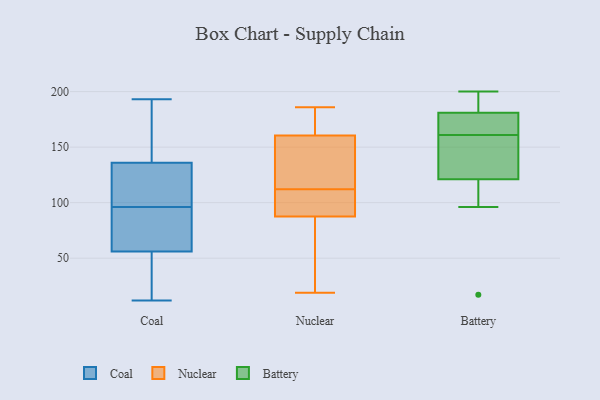
{"axis": {"x": "Page Views", "y": "Value"}, "legend": ["Battery", "Coal", "Nuclear"], "data": [{"x": "", "y": 110, "type": "Coal"}, {"x": "", "y": 193, "type": "Coal"}, {"x": "", "y": 161, "type": "Coal"}, {"x": "", "y": 35, "type": "Coal"}, {"x": "", "y": 64, "type": "Coal"}, {"x": "", "y": 156, "type": "Coal"}, {"x": "", "y": 128, "type": "Coal"}, {"x": "", "y": 64, "type": "Coal"}, {"x": "", "y": 41, "type": "Coal"}, {"x": "", "y": 104, "type": "Coal"}, {"x": "", "y": 119, "type": "Coal"}, {"x": "", "y": 59, "type": "Coal"}, {"x": "", "y": 12, "type": "Coal"}, {"x": "", "y": 53, "type": "Coal"}, {"x": "", "y": 18, "type": "Coal"}, {"x": "", "y": 77, "type": "Coal"}, {"x": "", "y": 89, "type": "Coal"}, {"x": "", "y": 144, "type": "Coal"}, {"x": "", "y": 161, "type": "Coal"}, {"x": "", "y": 103, "type": "Coal"}, {"x": "", "y": 87, "type": "Nuclear"}, {"x": "", "y": 88, "type": "Nuclear"}, {"x": "", "y": 109, "type": "Nuclear"}, {"x": "", "y": 115, "type": "Nuclear"}, {"x": "", "y": 19, "type": "Nuclear"}, {"x": "", "y": 127, "type": "Nuclear"}, {"x": "", "y": 88, "type": "Nuclear"}, {"x": "", "y": 154, "type": "Nuclear"}, {"x": "", "y": 55, "type": "Nuclear"}, {"x": "", "y": 123, "type": "Nuclear"}, {"x": "", "y": 167, "type": "Nuclear"}, {"x": "", "y": 175, "type": "Nuclear"}, {"x": "", "y": 182, "type": "Nuclear"}, {"x": "", "y": 90, "type": "Nuclear"}, {"x": "", "y": 186, "type": "Nuclear"}, {"x": "", "y": 41, "type": "Nuclear"}, {"x": "", "y": 142, "type": "Battery"}, {"x": "", "y": 200, "type": "Battery"}, {"x": "", "y": 161, "type": "Battery"}, {"x": "", "y": 120, "type": "Battery"}, {"x": "", "y": 178, "type": "Battery"}, {"x": "", "y": 128, "type": "Battery"}, {"x": "", "y": 149, "type": "Battery"}, {"x": "", "y": 182, "type": "Battery"}, {"x": "", "y": 105, "type": "Battery"}, {"x": "", "y": 174, "type": "Battery"}, {"x": "", "y": 199, "type": "Battery"}, {"x": "", "y": 17, "type": "Battery"}, {"x": "", "y": 197, "type": "Battery"}, {"x": "", "y": 96, "type": "Battery"}, {"x": "", "y": 124, "type": "Battery"}, {"x": "", "y": 174, "type": "Battery"}, {"x": "", "y": 168, "type": "Battery"}, {"x": "", "y": 190, "type": "Battery"}, {"x": "", "y": 112, "type": "Battery"}]}